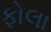
ફોલા